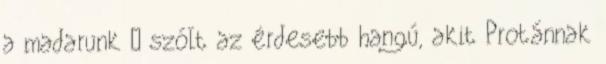
a madarunk – szólt az érdesebb hangú, akit Protánnak